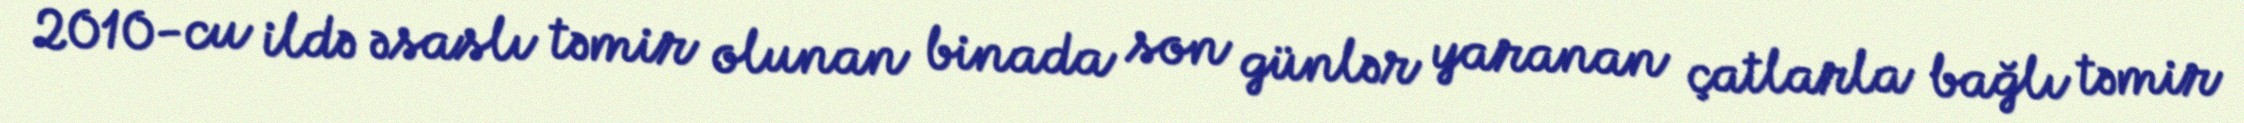
2010-cu ildə əsaslı təmir olunan binada son günlər yaranan çatlarla bağlı təmir